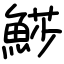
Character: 𩸌